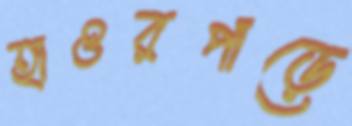
হাওরপাড়ে